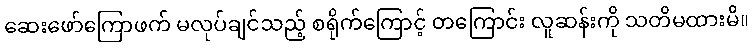
ဆေးဖော်ကြောဖက် မလုပ်ချင်သည့် စရိုက်ကြောင့် တကြောင်း လူဆန်းကို သတိမထားမိ။